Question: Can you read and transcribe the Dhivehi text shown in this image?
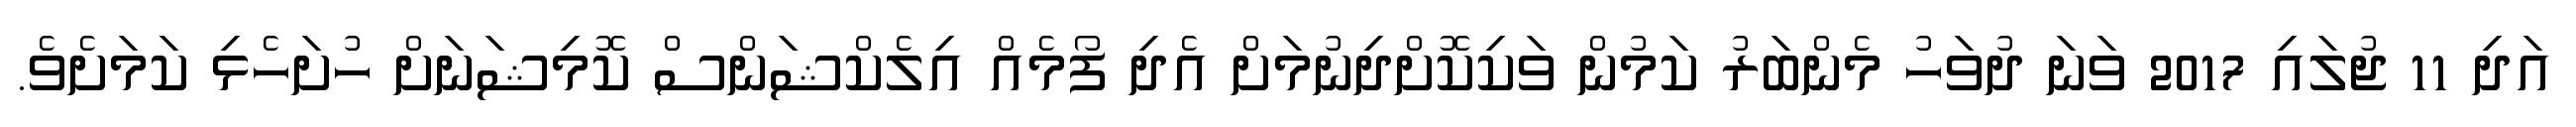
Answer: އަދި 11 ޖުލައި 2017 ވަނަ ދުވަހު މެންބަރު ކަމުން ވަކިކޮށްދިނުމަށް އެދި ފޯމެއް އިލެކްޝަންސް ކޮމިޝަނަށް ހުށަހެޅި ކަމަށެވެ.